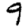
Digit: 9